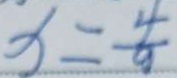
x = \frac { 4 } { 9 }